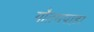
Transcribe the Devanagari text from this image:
गौतमपाड़ा